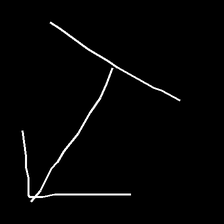
Glyph: levitation